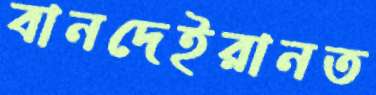
বানদেইরানত